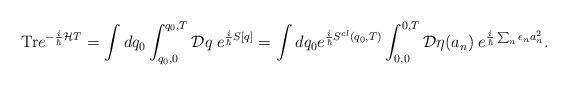
LaTeX: \begin{align*}\textrm{Tr}e^{-\frac{i}{\hbar }{\cal {H}}T}=\int dq_{0}\int ^{q_{0},T}_{q_{0},0}{\cal {D}}q\; e^{\frac{i}{\hbar }S[q]}=\int dq_{0}e^{\frac{i}{\hbar }S^{cl}(q_{0},T)}\int _{0,0}^{0,T}{\cal {D}}\eta (a_{n})\; e^{\frac{i}{\hbar }\sum _{n}\epsilon _{n}a_{n}^{2}}.\end{align*}